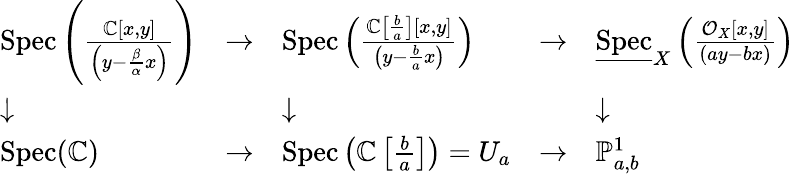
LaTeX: {\begin{array}{lllll}{\operatorname{Spec}\left({\frac{\mathbb{C}[x,y]}{\left(y-{\frac{\beta}{\alpha}}x\right)}}\right)}&{\to}&{\operatorname{Spec}\left({\frac{\mathbb{C}\left[{\frac{b}{a}}\right][x,y]}{\left(y-{\frac{b}{a}}x\right)}}\right)}&{\to}&{{\underline{{\operatorname{Spec}}}}_{X}\left({\frac{{\mathcal{O}}_{X}[x,y]}{\left(ay-bx\right)}}\right)}\\ {\downarrow}&&{\downarrow}&&{\downarrow}\\ {\operatorname{Spec}(\mathbb{C})}&{\to}&{\operatorname{Spec}\left(\mathbb{C}\left[{\frac{b}{a}}\right]\right)=U_{a}}&{\to}&{\mathbb{P}_{a,b}^{1}}\end{array}}